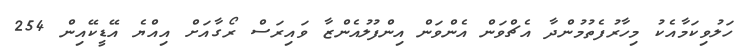
ހަލުވިކަމާއެކު މިހާރުފެތުމުންދާ އެޗްވަން އެންވަން އިންފުލުއެންޒާ ވައިރަސް ރޯގާއަށް އިއްޔެ އޭޑީކޭއިން 254